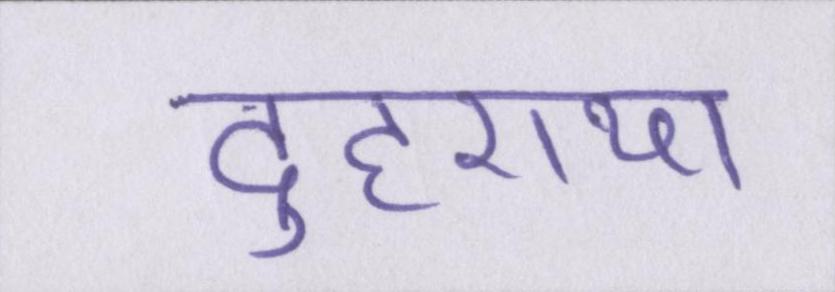
दुहराया